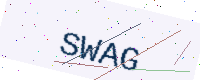
Text: SWAG